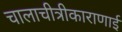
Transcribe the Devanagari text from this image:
चालाचीत्रीकाराणाई